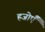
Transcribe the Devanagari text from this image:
हजोएँ